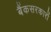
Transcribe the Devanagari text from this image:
बैंकसरकारों